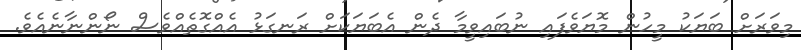
މިވަރަށް ބަޔަކު މީހުން މޮޔަވެފައި ނުބައިވީމާ ދެން އެބަޔަކަށް ރަނގަޅު އެއްގޮތެއްވެސް ނޯންނާނެއެވެ.